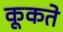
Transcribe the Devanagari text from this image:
कूकते